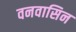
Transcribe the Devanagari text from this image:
वनवासिन